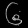
Digit: ၆